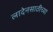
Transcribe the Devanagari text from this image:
लादेनसाठीच्या